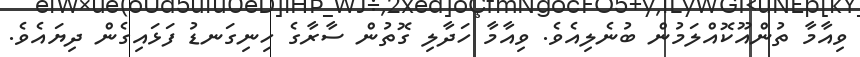
ވިއާމާ ތުންއޫކޮއްލަމުން ބުނެލިއެވެ. ވިއާމާ ހަދާލި ގޮތުން ސާރާގެ ހިނިގަނޑު ފަޅައިގެން ދިޔައެވެ.